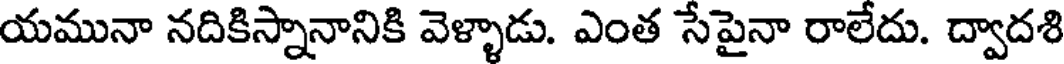
యమునా నదికిస్నానానికి వెళ్ళాడు. ఎంత సేపైనా రాలేదు. ద్వాదశి